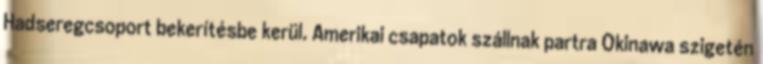
Hadseregcsoport bekerítésbe kerül. Amerikai csapatok szállnak partra Okinawa szigetén